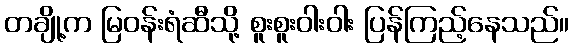
တချို့က မြဝန်းရံဆီသို့ စူးစူးဝါးဝါး ပြန်ကြည့်နေသည်။